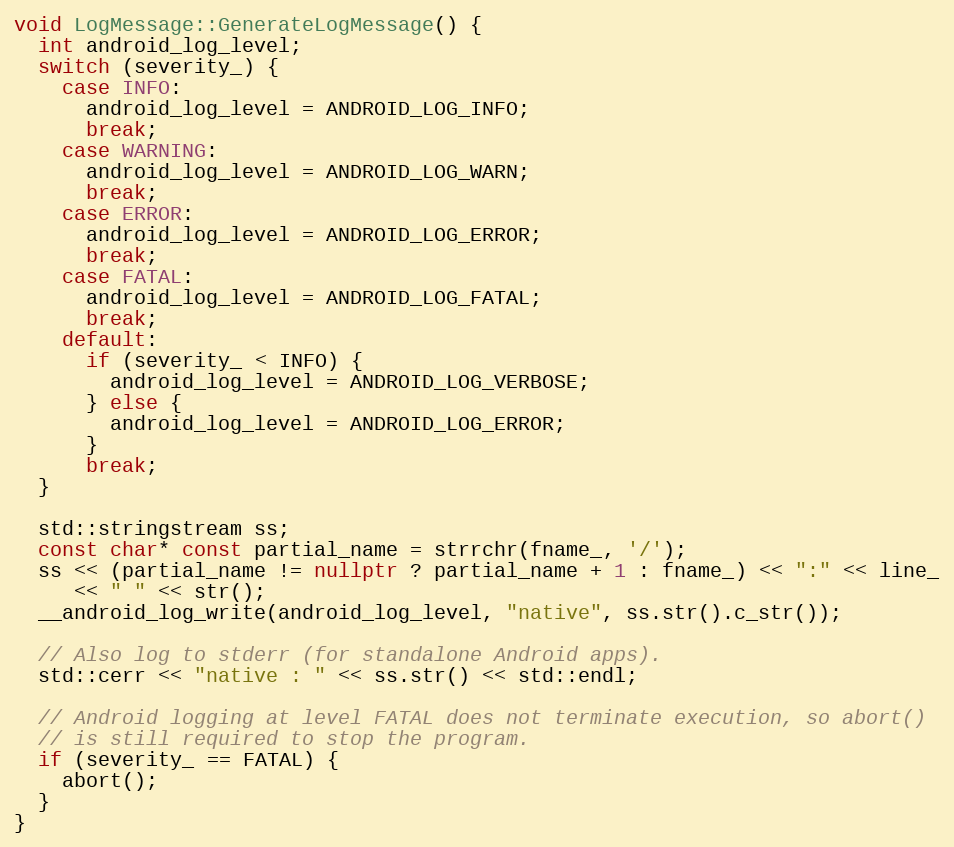
Language: C++
void LogMessage::GenerateLogMessage() {
  int android_log_level;
  switch (severity_) {
    case INFO:
      android_log_level = ANDROID_LOG_INFO;
      break;
    case WARNING:
      android_log_level = ANDROID_LOG_WARN;
      break;
    case ERROR:
      android_log_level = ANDROID_LOG_ERROR;
      break;
    case FATAL:
      android_log_level = ANDROID_LOG_FATAL;
      break;
    default:
      if (severity_ < INFO) {
        android_log_level = ANDROID_LOG_VERBOSE;
      } else {
        android_log_level = ANDROID_LOG_ERROR;
      }
      break;
  }

  std::stringstream ss;
  const char* const partial_name = strrchr(fname_, '/');
  ss << (partial_name != nullptr ? partial_name + 1 : fname_) << ":" << line_
     << " " << str();
  __android_log_write(android_log_level, "native", ss.str().c_str());

  // Also log to stderr (for standalone Android apps).
  std::cerr << "native : " << ss.str() << std::endl;

  // Android logging at level FATAL does not terminate execution, so abort()
  // is still required to stop the program.
  if (severity_ == FATAL) {
    abort();
  }
}